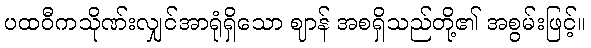
ပထဝီကသိုဏ်းလျှင်အာရုံရှိသော ဈာန် အစရှိသည်တို့၏ အစွမ်းဖြင့်။